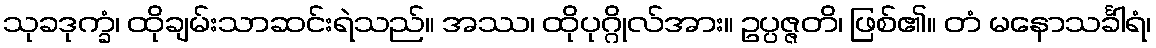
သုခဒုက္ခံ၊ ထိုချမ်းသာဆင်းရဲသည်။ အဿ၊ ထိုပုဂ္ဂိုလ်အား။ ဥပ္ပဇ္ဇတိ၊ ဖြစ်၏။ တံ မနောသင်္ခါရံ၊